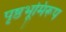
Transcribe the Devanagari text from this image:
पृष्ठभूमिरूप